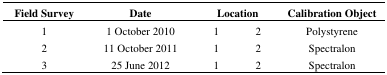
<table><thead><tr><td><b>Field Survey</b></td><td><b>Date</b></td><td colspan="2"><b>Location</b></td><td><b>Calibration Object</b></td></tr></thead><tbody><tr><td>1</td><td>1 October 2010</td><td>1</td><td>2</td><td>Polystyrene</td></tr><tr><td>2</td><td>11 October 2011</td><td>1</td><td>2</td><td>Spectralon</td></tr><tr><td>3</td><td>25 June 2012</td><td>1</td><td>2</td><td>Spectralon</td></tr></tbody></table>